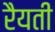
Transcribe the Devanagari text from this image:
रैयती